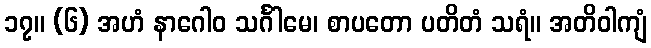
၁၇။ (၆) အဟံ နာဂေါဝ သင်္ဂါမေ၊ စာပတော ပတိတံ သရံ။ အတိဝါကျံ